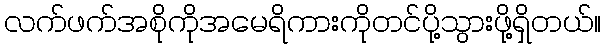
လက်ဖက်အစိုကိုအမေရိကားကိုတင်ပို့သွားဖို့ရှိတယ်။